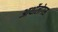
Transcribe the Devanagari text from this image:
आर्थोलोगस